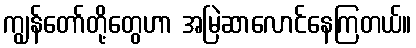
ကျွန်တော်တို့တွေဟာ အမြဲဆာလောင်နေကြတယ်။